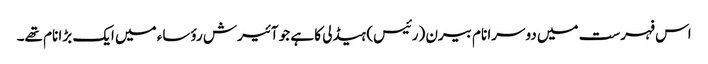
اس فہرست میں دوسرا نام بیرن (رئیس) ہیڈلی کا ہے جو آئیرش رؤساء میں ایک بڑا نام تھے۔